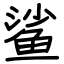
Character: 鲨